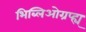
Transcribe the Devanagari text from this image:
भिब्लिओग्रप्ह्य्